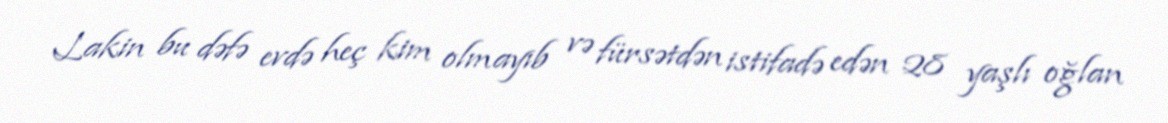
Lakin bu dəfə evdə heç kim olmayıb və fürsətdən istifadə edən 28 yaşlı oğlan